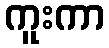
ကူးကာ